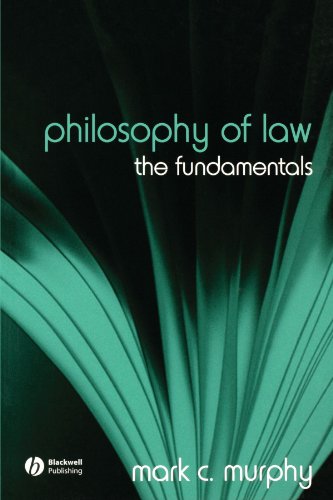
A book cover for Philosophy of Law: The Fundamentals; Mark C. Murphy; Law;